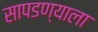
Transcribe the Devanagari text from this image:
सापडण्याला